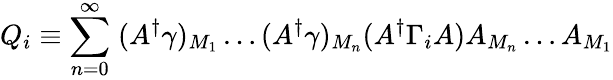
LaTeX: Q_{i}\equiv\sum_{n=0}^{\infty}\; (A^{\dagger}\gamma)_{M_{1}}\ldots(A^{\dagger}\gamma)_{M_{n}}(A^{\dagger}\Gamma_{i}A)A_{M_{n}}\ldots A_{M_{1}}